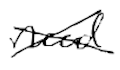
Text: need
Cross-out: cross
Writing tool: digital_black